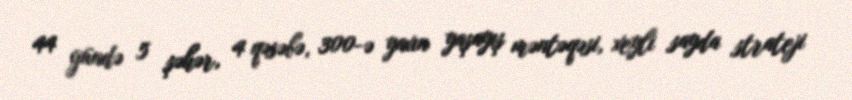
44 gündə 5 şəhər, 4 qəsəbə, 300-ə yaxın yaşayış məntəqəsi, xeyli sayda strateji